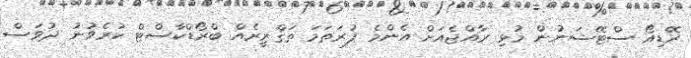
ރޭޑިއޯ ސްޓޭޝަނުން މުޅި ރާއްޖެއަށް އެންމެ ފުރަތަމަ ތަޤްރީރެއް ބްރޯޑްކާސްޓް ކުރެވުނު ދުވަސް